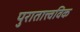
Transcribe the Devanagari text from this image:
पुरातात्त्वविक